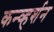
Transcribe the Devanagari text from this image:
कन्व्हर्शन